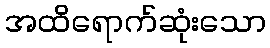
အထိရောက်ဆုံးသော